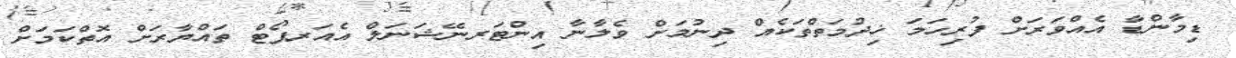
ޑިމާންޑާ އެއްވަރަށް ފުރިހަމަ ޚިދުމަތްތަކެއް ދިނުމަށް ވެލާނާ އިންޓަރނޭޝަނަލް އެއަރޕޯޓް ތައްޔާރަށް އޮތްކަމަށް